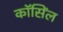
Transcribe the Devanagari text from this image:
कॉसिंल